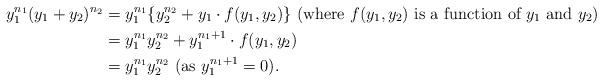
LaTeX: \begin{align*}y_1^{n_1}(y_1+y_2)^{n_2} &= y_1^{n_1} \{ y_2^{n_2}+y_1 \cdot f(y_1, y_2)\} ~(\mbox{where}~ f(y_1, y_2) ~\mbox{is a function of}~ y_1~ \mbox{and}~ y_2) \\&= y_1^{n_1} y_2^{n_2}+y_1^{n_1+1} \cdot f(y_1, y_2) \\&= y_1^{n_1} y_2^{n_2} ~( \mbox{as}~ y_1^{n_1+1}= 0).\end{align*}